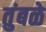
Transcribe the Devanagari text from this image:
तुंबळे